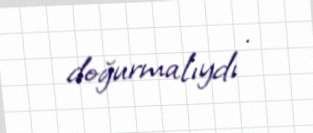
doğurmalıydı .